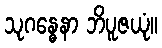
သုဂန္ဓေနာ ဘိပူဇယုံ။